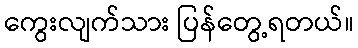
ကွေးလျက်သား ပြန်တွေ့ရတယ်။